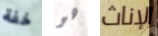
خفة هو الإناث